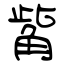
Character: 觜